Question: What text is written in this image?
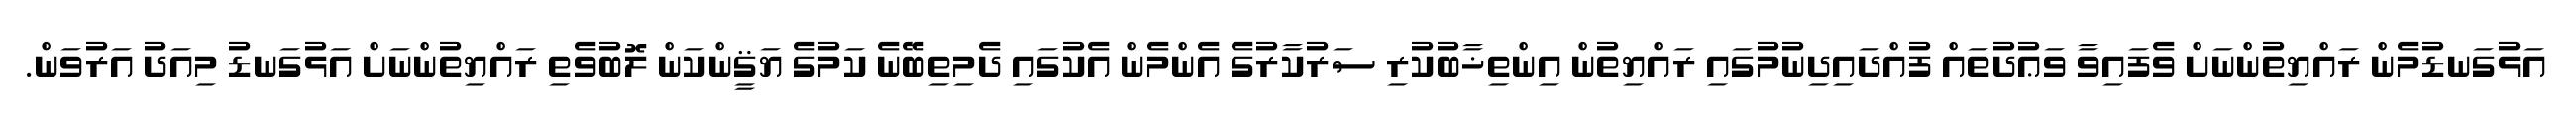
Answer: އަޅުގަނޑުމެން ރައްޔިތުންނަށް ވެފައިވާ ވަޢުދުތައް ފުއްދައިދިނުމުގައި ރައްޔިތުން އިންތިޚާބުކުރި ސަރުކާރުގެ އެންމެން އެކުގައި ދެމިތިބޭނެ ކަމުގެ ޔަޤީންކަން ލޮބުވެތި ރައްޔިތުންނަށް އަޅުގަނޑު މިއަދު އަރުވަން.